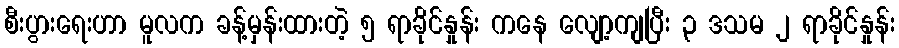
စီးပွားရေးဟာ မူလက ခန့်မှန်းထားတဲ့ ၅ ရာခိုင်နှုန်း ကနေ လျော့ကျပြီး ၃ ဒသမ ၂ ရာခိုင်နှုန်း